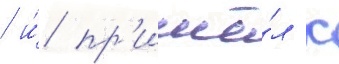
/ и́ пр'ишё́л к